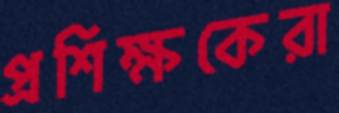
প্রশিক্ষকেরা